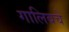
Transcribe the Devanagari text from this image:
गालिबचे